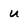
Character: u